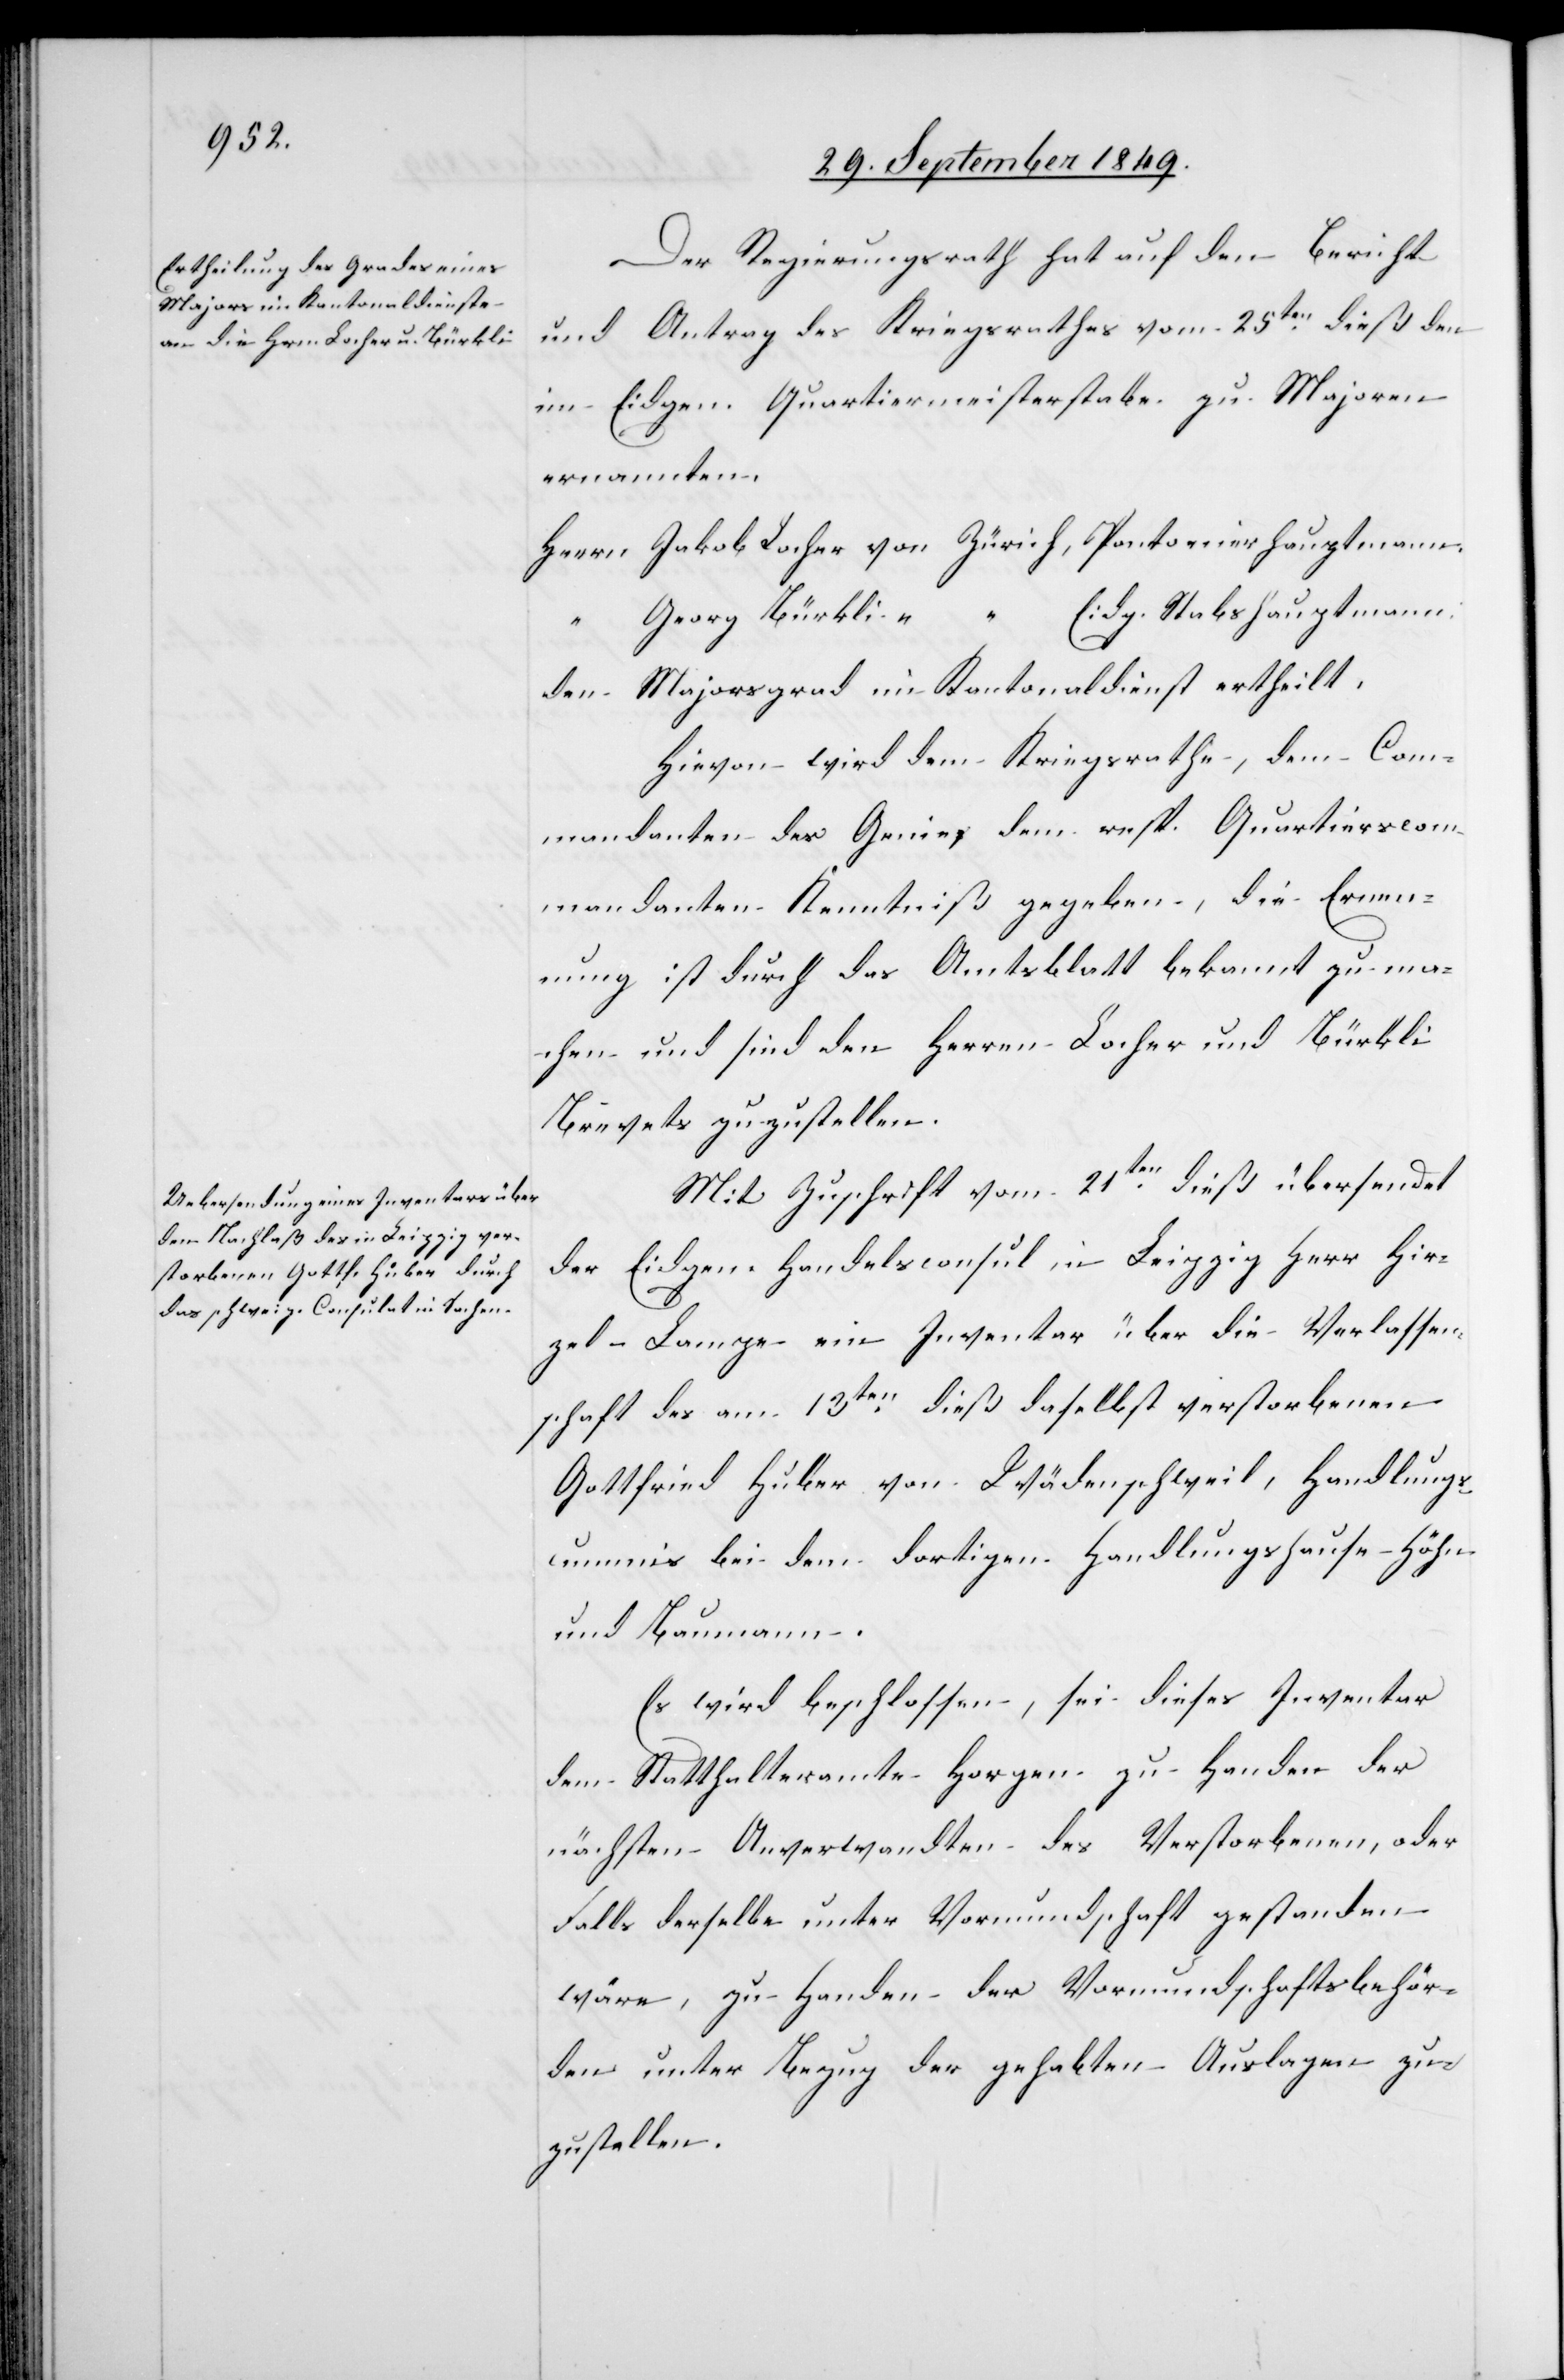
Der Regierungsrath hat auf den Bericht
und Antrag des Kriegsrathes vom 25ten dieß den
im Eidgen. Quartiermeisterstabe zu Majoren
ernannten
Herrn Jakob Locher von Zürich, Pantonier Hauptmann
Georg Bürkli “ eidg. Stabshauptmann:
den Majorsgrad im Kantonaldienst ertheilt,
Hievon wird dem Kriegsrathe, dem Com¬
mandanten des Genie, dem resp. Quartirscom¬
mandanten Kenntniß gegeben, die Ernen¬
nung ist durch das Amtsblatt bekannt zu ma¬
chen und sind den Herren Locher und Bürkli
Brevets zuzustellen.
Mit Zuschrift vom 21ten dieß übersendet
der Eidgen. Handelsconsul in Leipzig Herr Hir¬
zel-Lampe ein Inventar über die Verlassen¬
schaft des am 13ten dieß daselbst verstorbenen
Gottfried Huber von Wädenschweil, Handlungs¬
commis bei dem dortigen Handlungshause Höhn
und Baumann.
Es wird beschlossen, sei dieses Inventar
dem Statthalteramte Horgen zu Handen der
nächsten Anverwandten des Verstorbenen, oder
Falls derselbe unter Vormundschaft gestanden
wäre, zu Handen der Vormundschaftsbehör¬
den unter Bezug der gehabten Auslagen zu¬
zustellen.